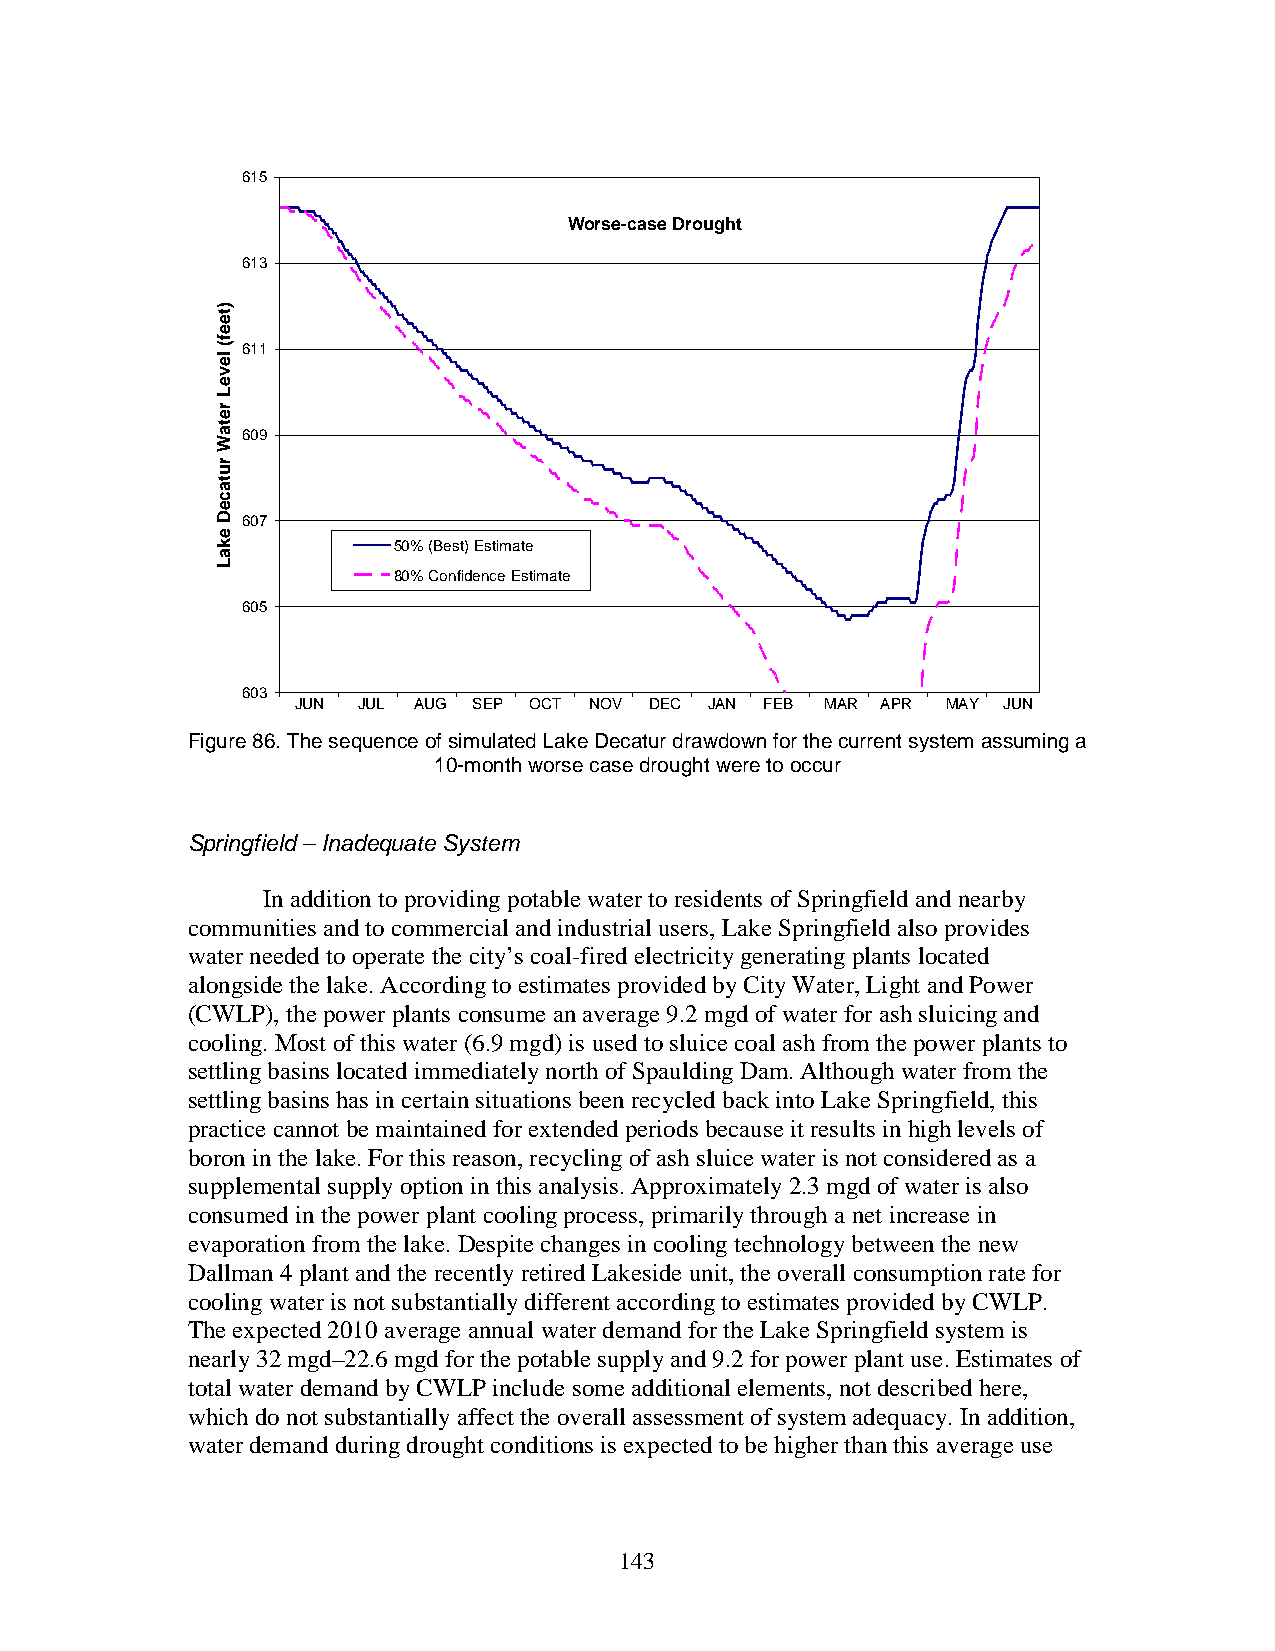
615
 Worse-case Drought
 613
 611
 609
 607
 50% (Best) Estimate
 80% Confidence Estimate
 605
 603
 JUN JUL AUG SEP OCT NOV DEC JAN FEB MAR APR MAY JUN
 Figure 86. The sequence of simulated Lake Decatur drawdown for the current system assuming a
 10-month worse case drought were to occur
 Springfield – Inadequate System
 In addition to providing potable water to residents of Springfield and nearby
 communities and to commercial and industrial users, Lake Springfield also provides
 water needed to operate the city’s coal-fired electricity generating plants located
 alongside the lake. According to estimates provided by City Water, Light and Power
 (CWLP), the power plants consume an average 9.2 mgd of water for ash sluicing and
 cooling. Most of this water (6.9 mgd) is used to sluice coal ash from the power plants to
 settling basins located immediately north of Spaulding Dam. Although water from the
 settling basins has in certain situations been recycled back into Lake Springfield, this
 practice cannot be maintained for extended periods because it results in high levels of
 boron in the lake. For this reason, recycling of ash sluice water is not considered as a
 supplemental supply option in this analysis. Approximately 2.3 mgd of water is also
 consumed in the power plant cooling process, primarily through a net increase in
 evaporation from the lake. Despite changes in cooling technology between the new
 Dallman 4 plant and the recently retired Lakeside unit, the overall consumption rate for
 cooling water is not substantially different according to estimates provided by CWLP.
 The expected 2010 average annual water demand for the Lake Springfield system is
 nearly 32 mgd–22.6 mgd for the potable supply and 9.2 for power plant use. Estimates of
 total water demand by CWLP include some additional elements, not described here,
 which do not substantially affect the overall assessment of system adequacy. In addition,
 water demand during drought conditions is expected to be higher than this average use
 143
 )teef(
 leveL
 retaW
 rutaceD
 ekaL